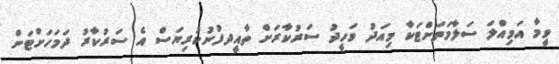
ވީމާ އަމިއްލަ ސަލާމަތަށްޓަކާ މިއަދު ވަހީދު ސަރުކާރަށް ތާއީދފުނުކުރިޔަސް އެ ސަރުކާރު ދަމަހަށްޓަން